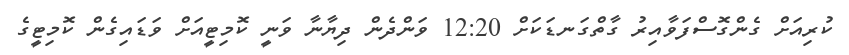
ކުރިއަށް ގެންގޮސްފަވާއިރު ގާތްގަނޑަކަށް 12:20 ވަންދެން ދިޔާނާ ވަނީ ކޮމިޓީއަށް ވަޑައިގެން ކޮމިޓީގެ